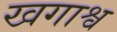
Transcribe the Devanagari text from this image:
खगाश्व